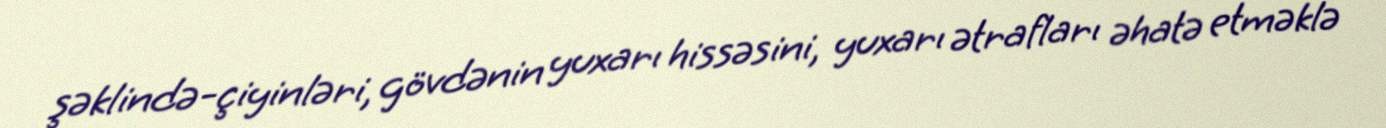
şəklində-çiyinləri, gövdənin yuxarı hissəsini, yuxarı ətrafları əhatə etməklə